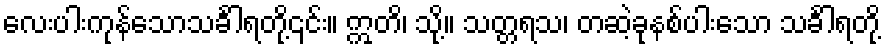
လေးပါးကုန်သောသင်္ခါရတို့၎င်း။ ဣတိ၊ သို့။ သတ္တရသ၊ တဆဲ့ခုနစ်ပါးသော သင်္ခါရတို့